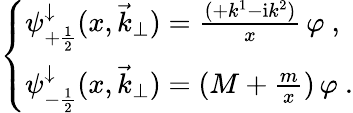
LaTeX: \left\{ \begin{array}{l}{{\psi_{+\frac{1}{2}}^{\downarrow}(x,{\vec{k}}_{\perp})=\frac{(+k^{1}-{\mathrm i}k^{2})}{x}\, \varphi\ ,}}\\ {{\psi_{-\frac{1}{2}}^{\downarrow}(x,{\vec{k}}_{\perp})=(M+\frac{m}{x})\, \varphi\ .}}\end{array}\right.